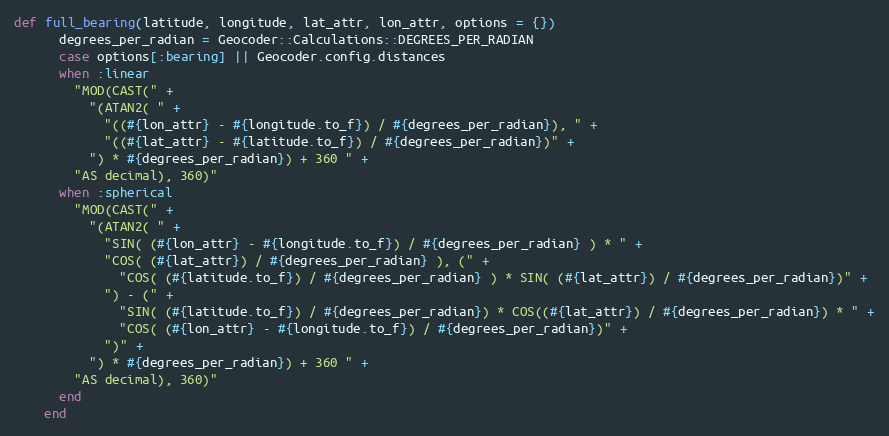
Language: Ruby
def full_bearing(latitude, longitude, lat_attr, lon_attr, options = {})
      degrees_per_radian = Geocoder::Calculations::DEGREES_PER_RADIAN
      case options[:bearing] || Geocoder.config.distances
      when :linear
        "MOD(CAST(" +
          "(ATAN2( " +
            "((#{lon_attr} - #{longitude.to_f}) / #{degrees_per_radian}), " +
            "((#{lat_attr} - #{latitude.to_f}) / #{degrees_per_radian})" +
          ") * #{degrees_per_radian}) + 360 " +
        "AS decimal), 360)"
      when :spherical
        "MOD(CAST(" +
          "(ATAN2( " +
            "SIN( (#{lon_attr} - #{longitude.to_f}) / #{degrees_per_radian} ) * " +
            "COS( (#{lat_attr}) / #{degrees_per_radian} ), (" +
              "COS( (#{latitude.to_f}) / #{degrees_per_radian} ) * SIN( (#{lat_attr}) / #{degrees_per_radian})" +
            ") - (" +
              "SIN( (#{latitude.to_f}) / #{degrees_per_radian}) * COS((#{lat_attr}) / #{degrees_per_radian}) * " +
              "COS( (#{lon_attr} - #{longitude.to_f}) / #{degrees_per_radian})" +
            ")" +
          ") * #{degrees_per_radian}) + 360 " +
        "AS decimal), 360)"
      end
    end